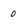
Character: 0